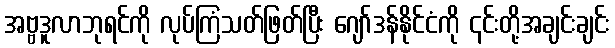
အဗ္ဗဒူလာဘုရင်ကို လုပ်ကြံသတ်ဖြတ်ပြီး ဂျော်ဒန်နိုင်ငံကို ၎င်းတို့အချင်းချင်း